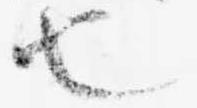
也